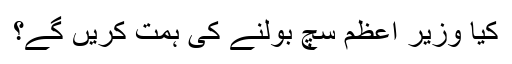
کیا وزیر اعظم سچ بولنے کی ہمت کریں گے؟